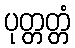
ပုတ္တတ္တံ